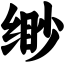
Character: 缈